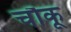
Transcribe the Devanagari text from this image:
चौकू